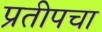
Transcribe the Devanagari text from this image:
प्रतीपचा